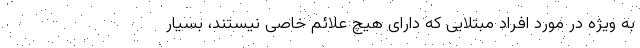
به ویژه در مورد افراد مبتلایی که دارای هیچ علائم خاصی نیستند، بسیار